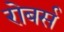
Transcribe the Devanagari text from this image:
रोबर्स